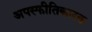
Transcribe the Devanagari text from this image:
अपस्फीतिकारक